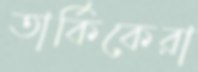
তার্কিকেরা